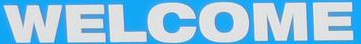
WELCOME